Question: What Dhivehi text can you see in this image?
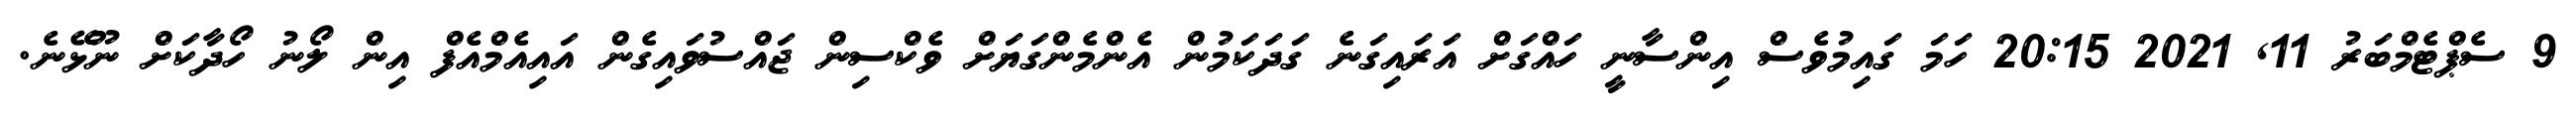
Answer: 9 ސެޕްޓެމްބަރު 11, 2021 20:15 ހަމަ ގައިމުވެސް އިންސާނީ ހައްގަށް އަރައިގަނެ ގަދަކަމުން އެންމެންގަޔަށް ވެކްސިން ޖައްސުވައިގެން އައިއެމްއެފް އިން ލޯނު ހޯދާކަށް ނޫޅޭނެ.